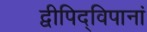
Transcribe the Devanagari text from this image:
द्वीपिद्विपानां